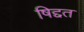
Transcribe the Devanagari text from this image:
षिद्दत